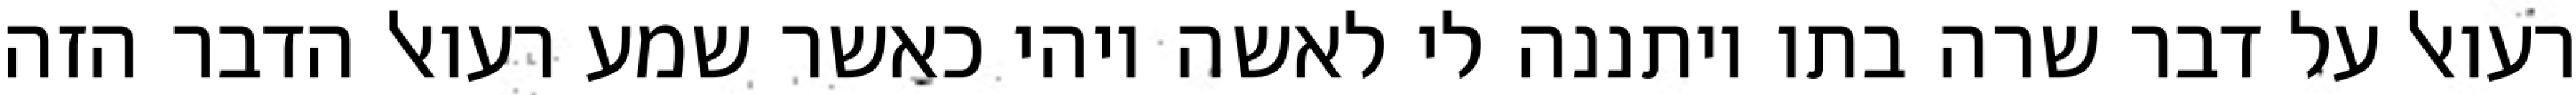
רעואל על דבר שרה בתו ויתננה לי לאשה ויהי כאשר שמע רעואל הדבר הזה